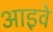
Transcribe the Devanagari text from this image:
आइवे